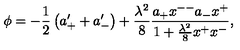
\phi = - { \frac { 1 } { 2 } } \left( a _ { + } ^ { \prime } + a _ { - } ^ { \prime } \right) + { \frac { \lambda ^ { 2 } } { 8 } } { \frac { a _ { + } x ^ { -- } a _ { - } x ^ { + } } { 1 + { \frac { \lambda ^ { 2 } } { 8 } } x ^ { + } x ^ { - } } } ,